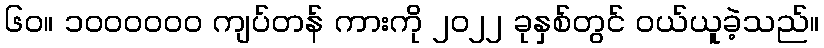
၆၀။ ၁၀၀၀၀၀၀ ကျပ်တန် ကားကို ၂၀၂၂ ခုနှစ်တွင် ဝယ်ယူခဲ့သည်။